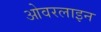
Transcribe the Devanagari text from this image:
ओवरलाइन